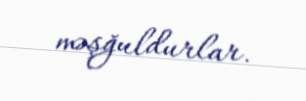
məşğuldurlar.